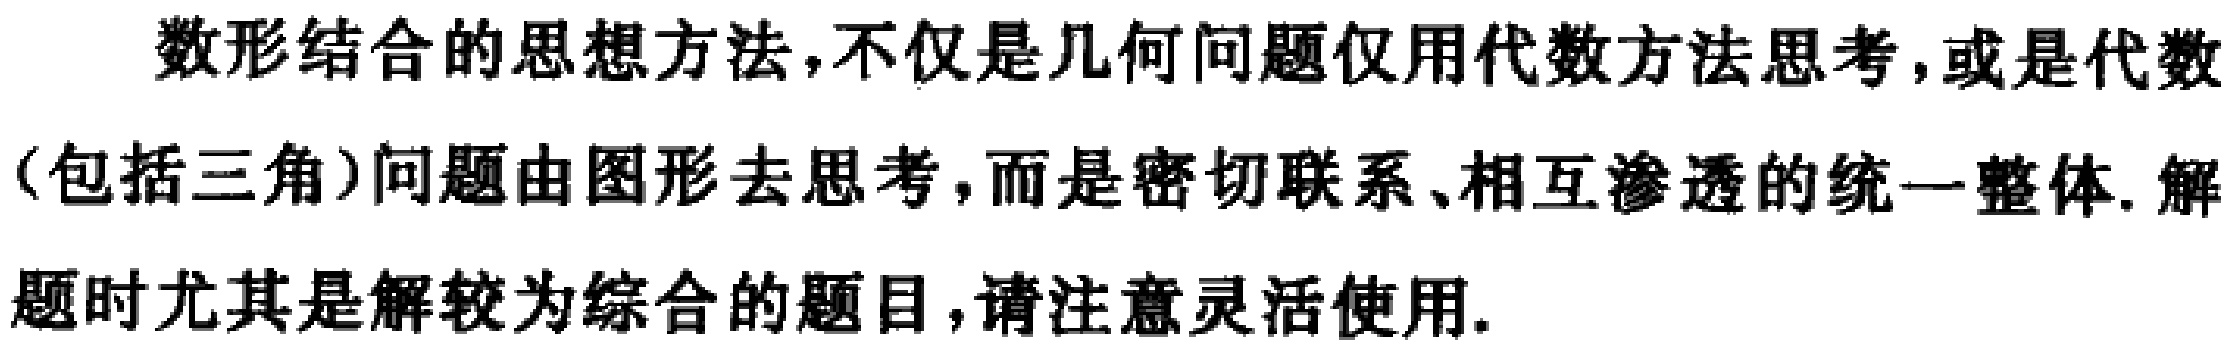
数形结合的思想方法,不仅是几何问题仅用代数方法思考,或是代数(包括三角)问题由图形去思考,而是密切联系、相互渗透的统一整体. 解题时尤其是解较为综合的题目,请注意灵活使用.